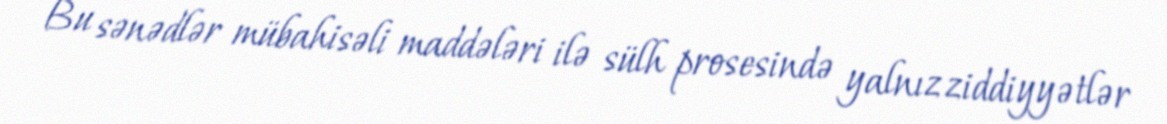
Bu sənədlər mübahisəli maddələri ilə sülh prosesində yalnız ziddiyyətlər